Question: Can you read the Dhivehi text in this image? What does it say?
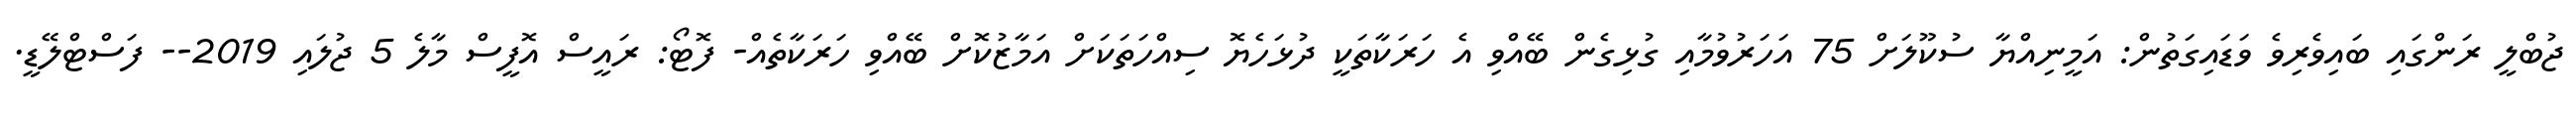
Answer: ޖުބްލީ ރަންގައި ބައިވެރިވެ ވަޑައިގަތުން: އަމީނިއްޔާ ސުކޫލަށް 75 އަހަރުވުމާއި ގުޅިގެން ބޭއްވި އެ ހަރަކާތަކީ ދުޅަހެޔޮ ސިއްހަތަކަށް އަމާޒުކޮށް ބޭއްވި ހަރަކާތެއް- ފޮޓޯ: ރައީސް އޮފީސް މާލެ 5 ޖުލައި 2019-- ފަސްޓްލޭޑީ.